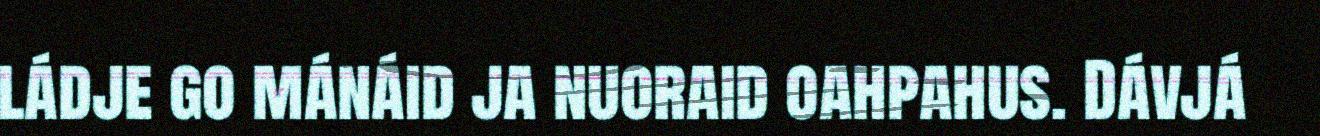
ládje go mánáid ja nuoraid oahpahus. Dávjá